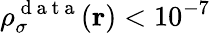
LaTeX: \rho_{\sigma}^{\mathrm{~d~a~t~a~}}(\boldsymbol{\textbf{r}})<10^{-7}